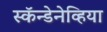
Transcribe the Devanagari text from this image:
स्कॅन्डेनेव्हिया